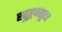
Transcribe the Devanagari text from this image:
खूहूबसूरत